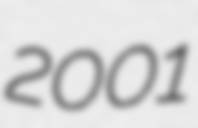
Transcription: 2001